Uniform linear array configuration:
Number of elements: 16
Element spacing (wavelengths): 1
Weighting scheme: cosine
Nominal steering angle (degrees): -15
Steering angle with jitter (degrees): -14.061
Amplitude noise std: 0.05
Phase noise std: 0.05

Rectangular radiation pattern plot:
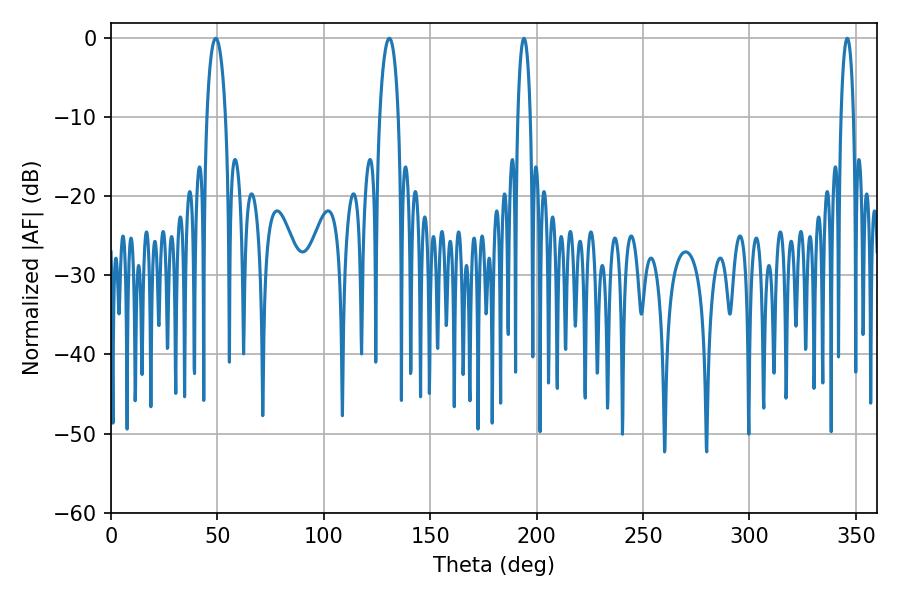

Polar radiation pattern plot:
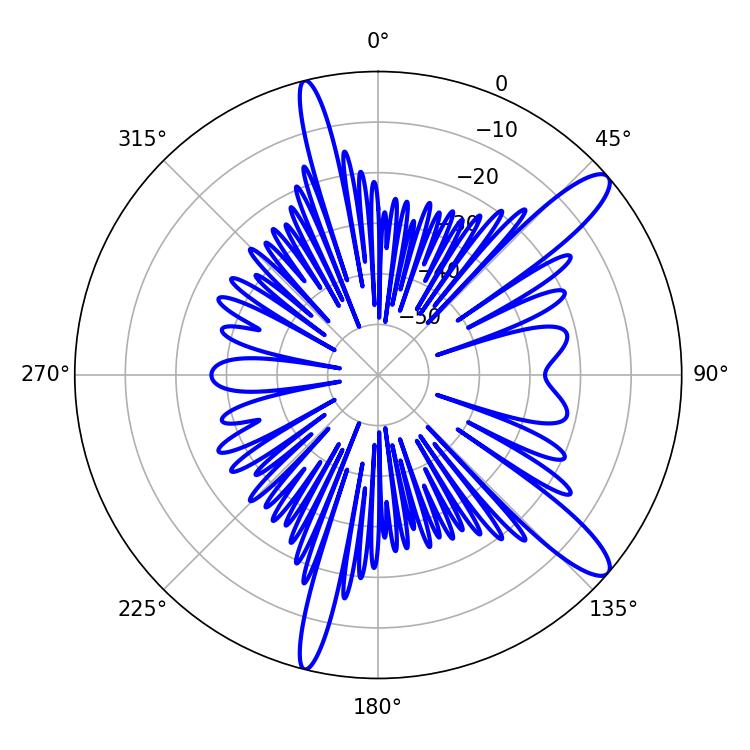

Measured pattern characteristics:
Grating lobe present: TRUE
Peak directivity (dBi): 12.383
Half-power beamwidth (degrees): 3.24
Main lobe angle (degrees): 194.04